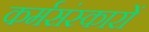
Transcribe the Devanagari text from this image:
कर्मसंस्कारों